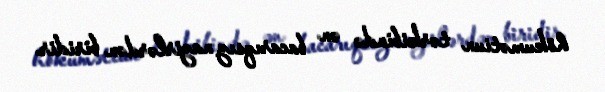
hökumətiun tərkibində ən bacarıqsız nazirlərdən biridir.